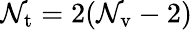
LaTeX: \mathcal{N}_{\mathrm{{t}}}=2(\mathcal{N}_{\mathrm{{v}}}-2)